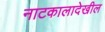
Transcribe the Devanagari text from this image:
नाटकालादेखील